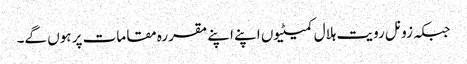
جبکہ زونل رویت ہلال کمیٹیوں اپنے اپنے مقررہ مقامات پر ہوں گے۔